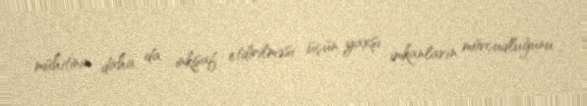
mühitinin daha da inkişaf etdirilməsi üçün yaxşı imkanların mövcudluğunu